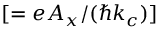
[ = e A _ { x } / ( \hbar k _ { c } ) ]